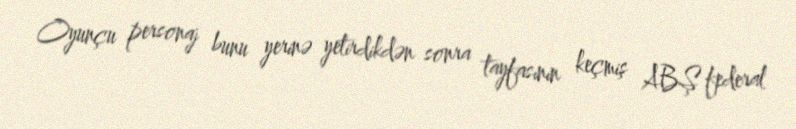
Oyunçu personaj bunu yerinə yetirdikdən sonra tayfasının keçmiş ABŞ federal